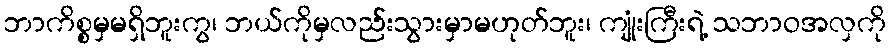
ဘာကိစ္စမှမရှိဘူးကွ၊ ဘယ်ကိုမှလည်းသွားမှာမဟုတ်ဘူး၊ ကျုံးကြီးရဲ့ သဘာဝအလှကို